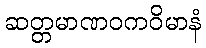
ဆတ္တမာဏဝကဝိမာနံ